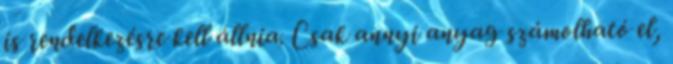
is rendelkezésre kell állnia. Csak annyi anyag számolható el,